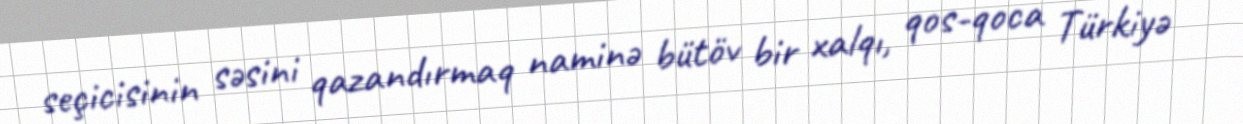
seçicisinin səsini qazandırmaq naminə bütöv bir xalqı, qos-qoca Türkiyə